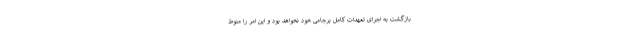
بازگشت به اجرای تعهدات کامل برجامی خود نخواهد بود و این امر را منوط